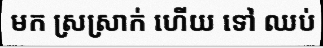
មក ស្រស្រាក់ ហើយ ទៅ ឈប់